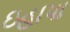
ઇહાપા